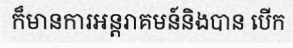
ក៏មានការអន្តរាគមន៍និងបាន បើក